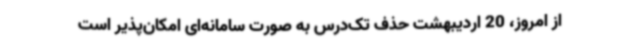
از امروز، 20 اردیبهشت حذف تک‌درس به صورت سامانه‌ای امکان‌پذیر است